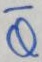
Text: Q